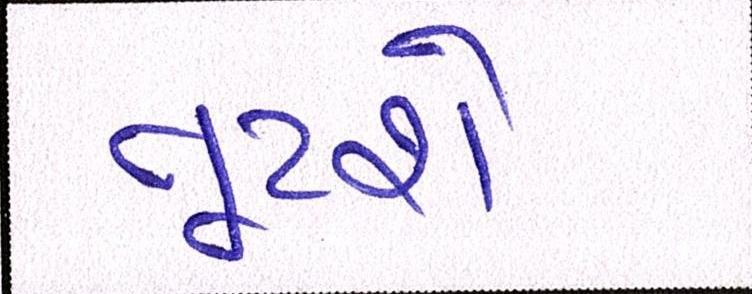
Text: તૂટશે